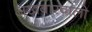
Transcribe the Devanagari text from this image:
अखबारवालो